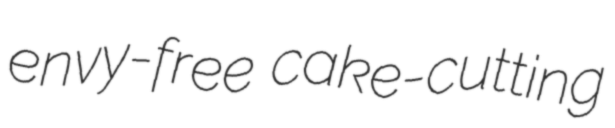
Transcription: envy-free cake-cutting